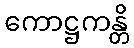
ကောဋ္ဌကန္တိ